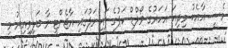
މެސީ އާއެކު މިދިޔަ އަހަރުގެ ވޯލްޑް ކަޕުގެ ފައިނަލުގައި އާޖެންޓީނާ ބަލިވިއިރު މި